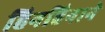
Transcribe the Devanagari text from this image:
हिनहिनाने